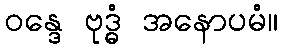
ဝန္ဒေ ဗုဒ္ဓံ အနောပမံ။